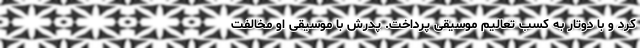
کرد و با دوتار به کسب تعالیم موسیقی پرداخت. پدرش با موسیقی او مخالفت